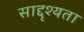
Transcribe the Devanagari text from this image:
साद्दृश्यता